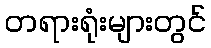
တရားရုံးများတွင်